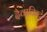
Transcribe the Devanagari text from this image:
दैवातिन्टे